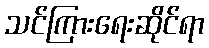
သင်ကြားရေးဆိုင်ရာ